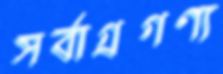
সর্বাগ্রগণ্য